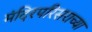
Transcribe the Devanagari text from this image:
मंदिरपरिसराच्या